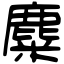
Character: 麋